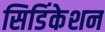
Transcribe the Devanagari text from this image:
सिडिंकेशन